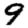
Digit: 9